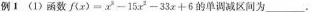
例1 （1）函数$$f ( x ) = x ^ { 3 } - 1 5 x ^ { 2 } - 3 3 x + 6$$的单调减区间为_______。